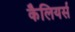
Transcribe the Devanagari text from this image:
कैलियर्स